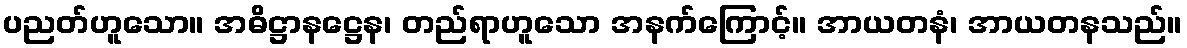
ပညတ်ဟူသော။ အဓိဋ္ဌာနဋ္ဌေန၊ တည်ရာဟူသော အနက်ကြောင့်။ အာယတနံ၊ အာယတနသည်။